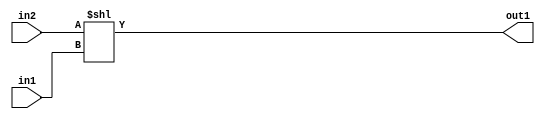
`timescale 1ps / 1ps
/*****************************************************************************
    Verilog RTL Description
    
    
    Created by: Stratus DpOpt 2019.1.01 
*******************************************************************************/

module fix2float_LeftShift_32Sx5U_32S_4_0 (
	in2,
	in1,
	out1
	); /* architecture "behavioural" */ 
input [31:0] in2;
input [4:0] in1;
output [31:0] out1;
wire [31:0] asc001;

assign asc001 = in2 << in1;

assign out1 = asc001;
endmodule

/* CADENCE  ubHzSQg= : u9/ySgnWtBlWxVPRXgAZ4Og= ** DO NOT EDIT THIS LINE ******/